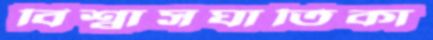
বিশ্বাসঘাতিকা